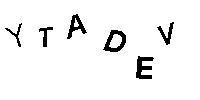
YTADEV